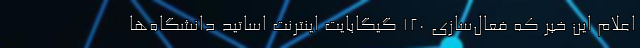
اعلام این خبر که فعال‌سازی ۱۲۰ گیگابایت اینترنت اساتید دانشگاه‌ها